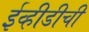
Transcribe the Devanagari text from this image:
ईव्हीडीची